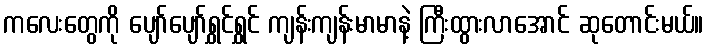
ကလေးတွေကို ပျော်ပျော်ရွှင်ရွှင် ကျန်းကျန်းမာမာနဲ့ ကြီးထွားလာအောင် ဆုတောင်းမယ်။